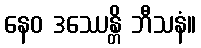
နေဝ ဒဿေန္တိ ဘီသနံ။